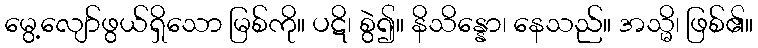
မွေ့လျော်ဖွယ်ရှိသော မြစ်ကို။ ပဋိ၊ စွဲ၍။ နိသိန္နော၊ နေသည်။ အသ္မိ၊ ဖြစ်၏။